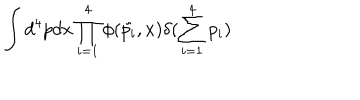
\int d ^ { 4 } p d x \prod _ { i = 1 } ^ { 4 } \phi ( \tilde { p _ { i } } , x ) \delta ( \sum _ { i = 1 } ^ { 4 } p _ { i } )